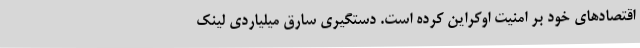
اقتصادهای خود بر امنیت اوکراین کرده است. دستگیری سارق میلیاردی لینک